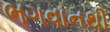
ભગવાનથી